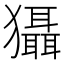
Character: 𤣒